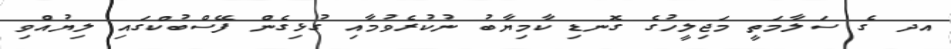
އދ ގެ ސަލާމަތީ މަޖިލީހުގެ ގޮނޑި ކާމިޔާބު ނުކުރެވުމާއި ގުޅިގެން ފޭސްބުކްގައި ލިޔުއްވި